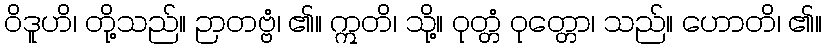
ဝိဒူဟိ၊ တို့သည်။ ဉာတဗ္ဗံ၊ ၏။ ဣတိ၊ သို့။ ဝုတ္တံ ဝုတ္တော၊ သည်။ ဟောတိ၊ ၏။